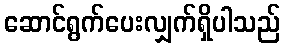
ဆောင်ရွက်ပေးလျှက်ရှိပါသည်